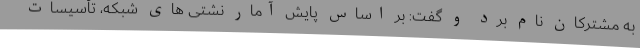
به مشترکان نام برد و گفت: بر اساس پایش آمار نشتی های شبکه، تأسیسات